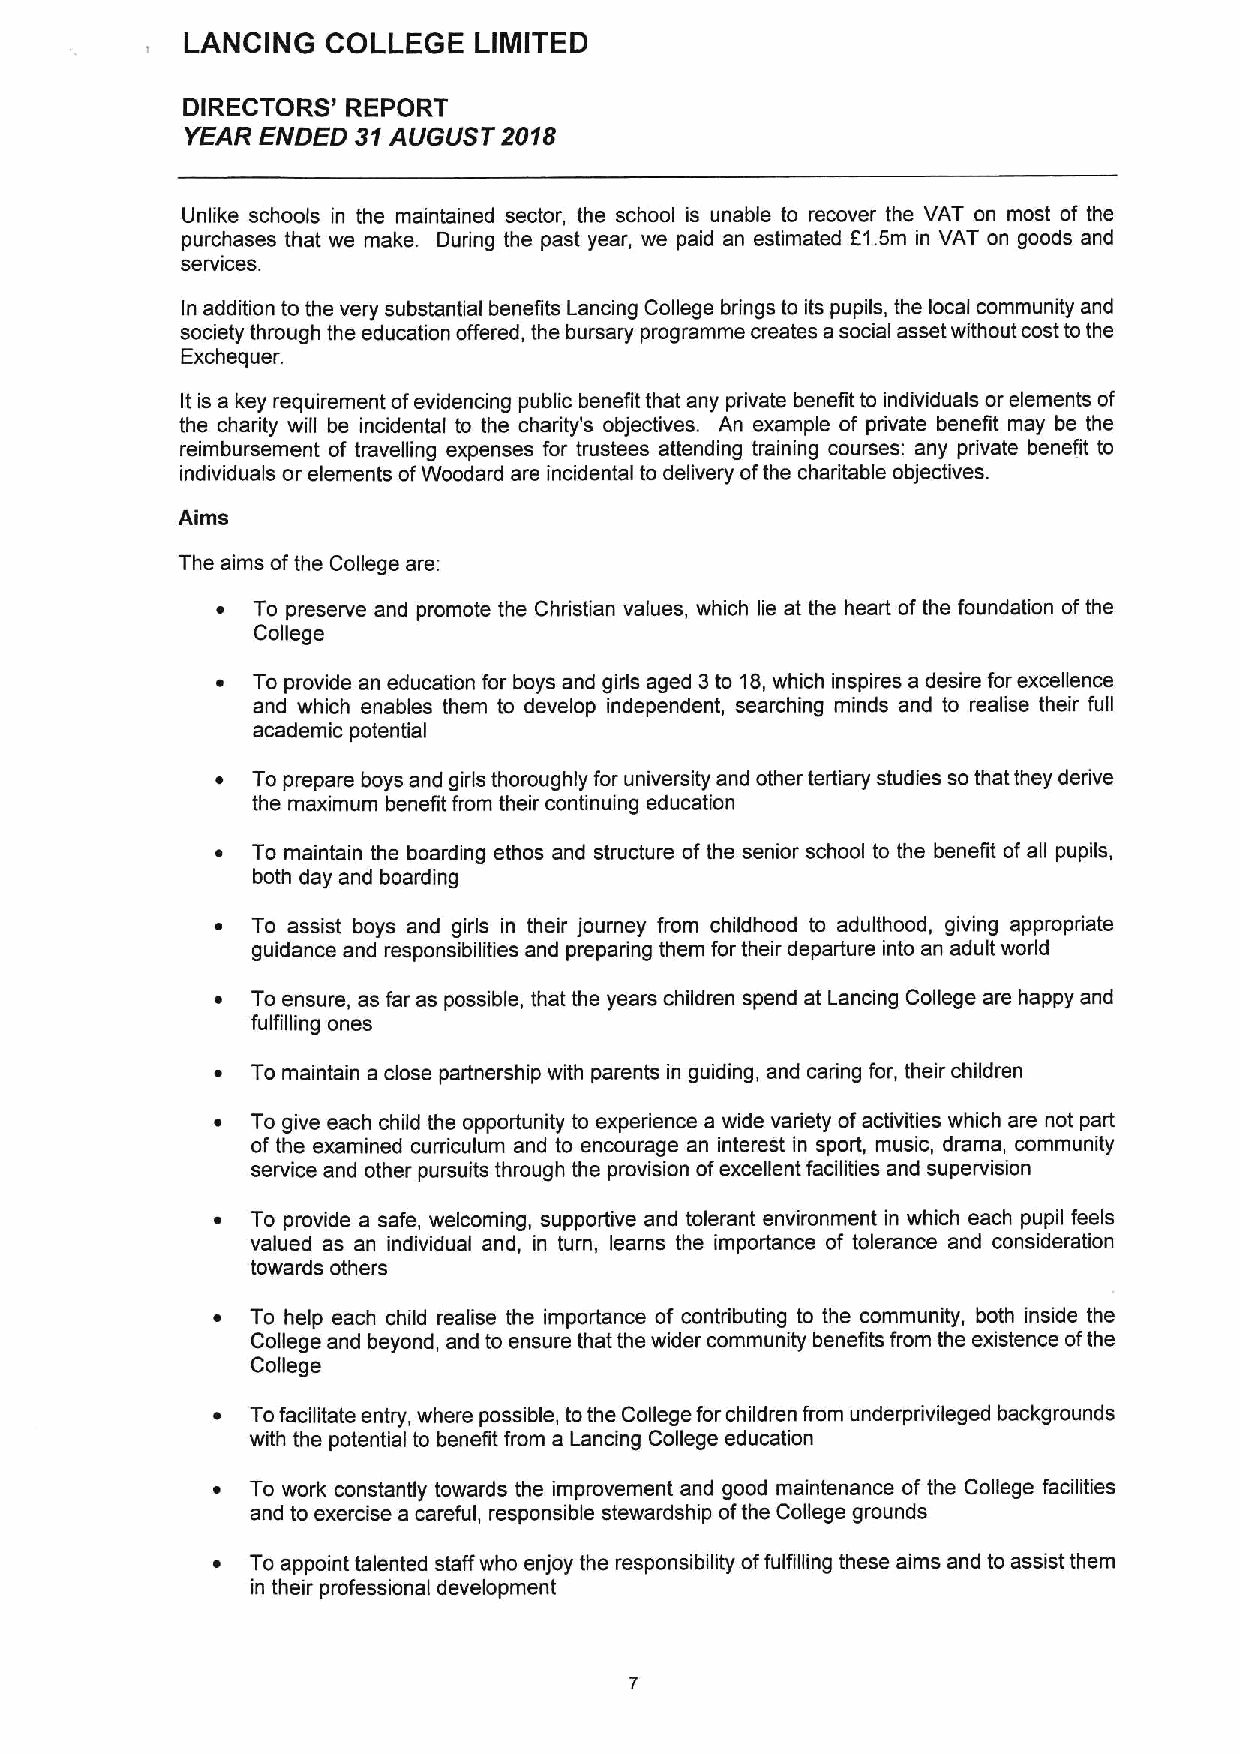
LANCING   COLLEGE  LIMITED
 DIRECTORS' REPORT
 YEAR ENDED 3V AUGUST 2018
 Unlike schools in the maintained sector, the school is unable to recover the VAT on most of the
 purchases that we make. During the past year, we paid an estimated F1,5m in VAT on goods and
 services.
 In addition to the very substantial benefits Lancing College brings to its pupils, the local community and
 society through the education offered, the bursary programme creates a social asset without cost to the
 Exchequer.
 It is a key requirement ofevidencing public benefit that any private benefit to individuals or elements of
 the charity will be incidental to the charity's objectives. An example of private benefit may be the
 reimbursement of travelling expenses for trustees attending training courses: any private benefit to
 individuals or elements ofWoodard are incidental to delivery ofthe charitable objectives.
 Aims
 The aims ofthe College are:
 ~  To preserve and promote the Christian values, which lie at the heart of the foundation ofthe
 College
 ~  To provide an education for boys and girls aged 3to 18,which inspires a desire for excellence
 and which enables them to develop independent, searching minds and to realise their full
 academic potential
 ~  To prepare boys and girls thoroughly for university and other tertiary studies so that they derive
 the maximum benefit from their continuing education
 ~  To maintain the boarding ethos and structure of the senior school to the benefit of all pupils,
 both day and boarding
 ~  To assist boys and girls in their journey from childhood to adulthood, giving appropriate
 guidance and responsibilities and preparing them for their departure into an adult world
 ~  To ensure, as far as possible, that the years children spend at Lancing College are happy and
 fulfilling ones
 ~  To maintain a close partnership with parents in guiding, and caring for, their children
 ~  To give each child the opportunity to experience a wide variety ofactivities which are not part
 of the examined curriculum and to encourage an interest in sport, music, drama, community
 service and other pursuits through the provision ofexcellent facilities and supervision
 ~  To provide a safe, welcoming, supportive and tolerant environment in which each pupil feels
 valued as an individual and, in turn, learns the importance of tolerance and consideration
 towards others
 ~  To help each child realise the importance of contributing to the community, both inside the
 College and beyond, and to ensure that the wider community benefits from the existence ofthe
 College
 ~  Tofacilitate entry, where possible, tothe College for children from underprivileged backgrounds
 with the potential to benefit from a Lancing College education
 ~  To work constantly towards the improvement and good maintenance of the College facilities
 and to exercise a careful, responsible stewardship ofthe College grounds
 ~  To appoint talented staff who enjoy the responsibility offulfilling these aims and to assist them
 in their professional development